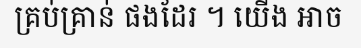
គ្រប់គ្រាន់ ផងដែរ ។ យើង អាច